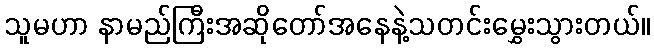
သူမဟာ နာမည်ကြီးအဆိုတော်အနေနဲ့သတင်းမွှေးသွားတယ်။